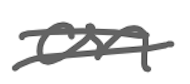
Text: on
Cross-out: double-line
Writing tool: digital_gray